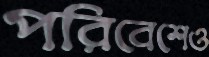
পরিবেশেও